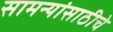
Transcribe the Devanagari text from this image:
सामन्यांसाठीचे